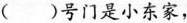
()号门是小东家，